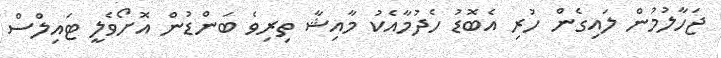
ޖަހާލުމުން ލައިގެން ހުރި އެބޮޑު ހެދުމާއެކު މާއިޝާ ތިރިވެ ބަންޑުން އޮށޯވެލީ ޓައިލްސް